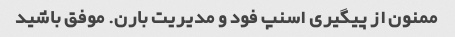
ممنون از پیگیری اسنپ فود و مدیریت بارن. موفق باشید